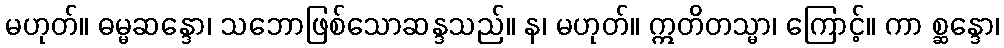
မဟုတ်။ ဓမ္မဆန္ဒော၊ သဘောဖြစ်သောဆန္ဒသည်။ န၊ မဟုတ်။ ဣတိတသ္မာ၊ ကြောင့်။ ကာ စ္ဆန္ဒော၊